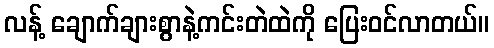
လန့် ချောက်ချားစွာနဲ့ကင်းတဲထဲကို ပြေးဝင်လာတယ်။